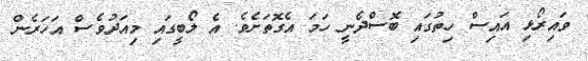
ވައިރޯޅި އައިސް ހިތުގައި ބޮސްދެނީ ހަމަ އެގޮތަށެވެ. އެ ލޯބީގައި މިއަދުވެސް އަހަރެން